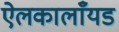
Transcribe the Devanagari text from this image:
ऐलकालाँयड